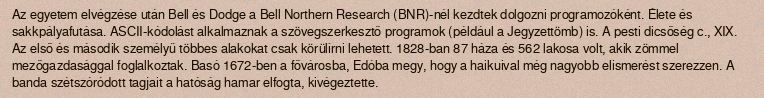
Az egyetem elvégzése után Bell és Dodge a Bell Northern Research (BNR)-nél kezdtek dolgozni programozóként. Élete és sakkpályafutása. ASCII-kódolást alkalmaznak a szövegszerkesztő programok (például a Jegyzettömb) is. A pesti dicsőség c., XIX. Az első és második személyű többes alakokat csak körülírni lehetett. 1828-ban 87 háza és 562 lakosa volt, akik zömmel mezőgazdasággal foglalkoztak. Basó 1672-ben a fővárosba, Edóba megy, hogy a haikuival még nagyobb elismerést szerezzen. A banda szétszóródott tagjait a hatóság hamar elfogta, kivégeztette.